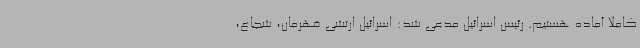
کاملا آماده‌ هستیم. رئیس اسرائیل مدعی شد: اسرائیل ارتشی قهرمان، شجاع،